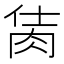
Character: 𦚘